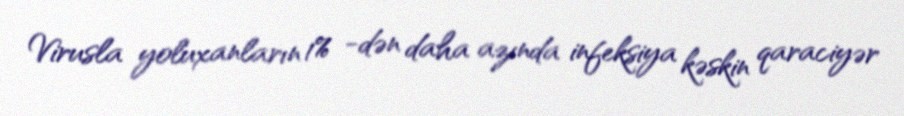
Virusla yoluxanların 1% -dən daha azında infeksiya kəskin qaraciyər